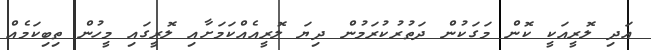
އަދި ލޮރީއަކީ ކޮން މަގަކުން ދަތުރުކުރަމުން ދިޔަ ލޮރީއެއްކަމަށާއި ލޮރީގައި މީހުން ތިބިކަމެއް